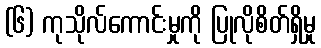
(၆) ကုသိုလ်ကောင်းမှုကို ပြုလိုစိတ်ရှိမှု